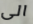
الى